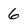
Character: 6